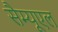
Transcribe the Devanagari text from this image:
सैम्यूएल